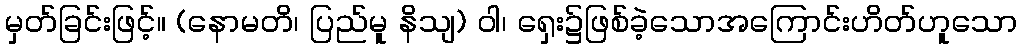
မှတ်ခြင်းဖြင့်။ (နောမတိ၊ ပြည်မူ နိသျ) ဝါ၊ ရှေး၌ဖြစ်ခဲ့သောအကြောင်းဟိတ်ဟူသော